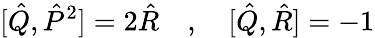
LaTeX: [\hat{Q},\hat{P}^{2}]=2\hat{R}\quad,\quad[\hat{Q},\hat{R}]=-1